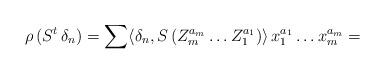
LaTeX: \begin{align*}\rho \, (S^t \, \delta_n)= \sum \langle \delta_n , S \, (Z_m^{a_m} \ldots Z_1^{a_1}) \rangle \, x_1^{a_1} \ldots x_m^{a_m} =\end{align*}